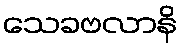
သေခဗလာနိ